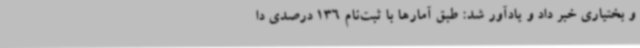
و بختیاری خبر داد و یادآور شد: طبق آمارها با ثبت‌نام 136 درصدی دا